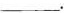
___。